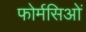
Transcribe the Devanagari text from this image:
फोर्मसिओं